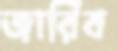
জারিব